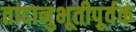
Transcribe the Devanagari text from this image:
तादानुभूतीपूर्वक